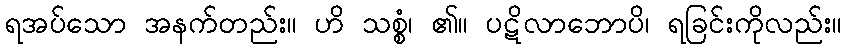
ရအပ်သော အနက်တည်း။ ဟိ သစ္စံ၊ ၏။ ပဋိလာဘောပိ၊ ရခြင်းကိုလည်း။